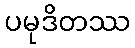
ပမုဒိတဿ